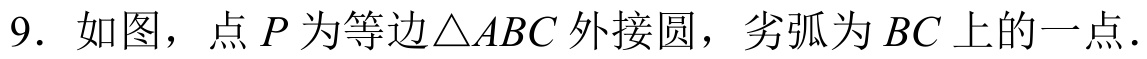
9. 如图，点\(P\)为等边\(\triangle ABC\)外接圆，劣弧为\(BC\)上的一点．